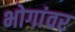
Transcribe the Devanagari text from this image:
भोगांवर